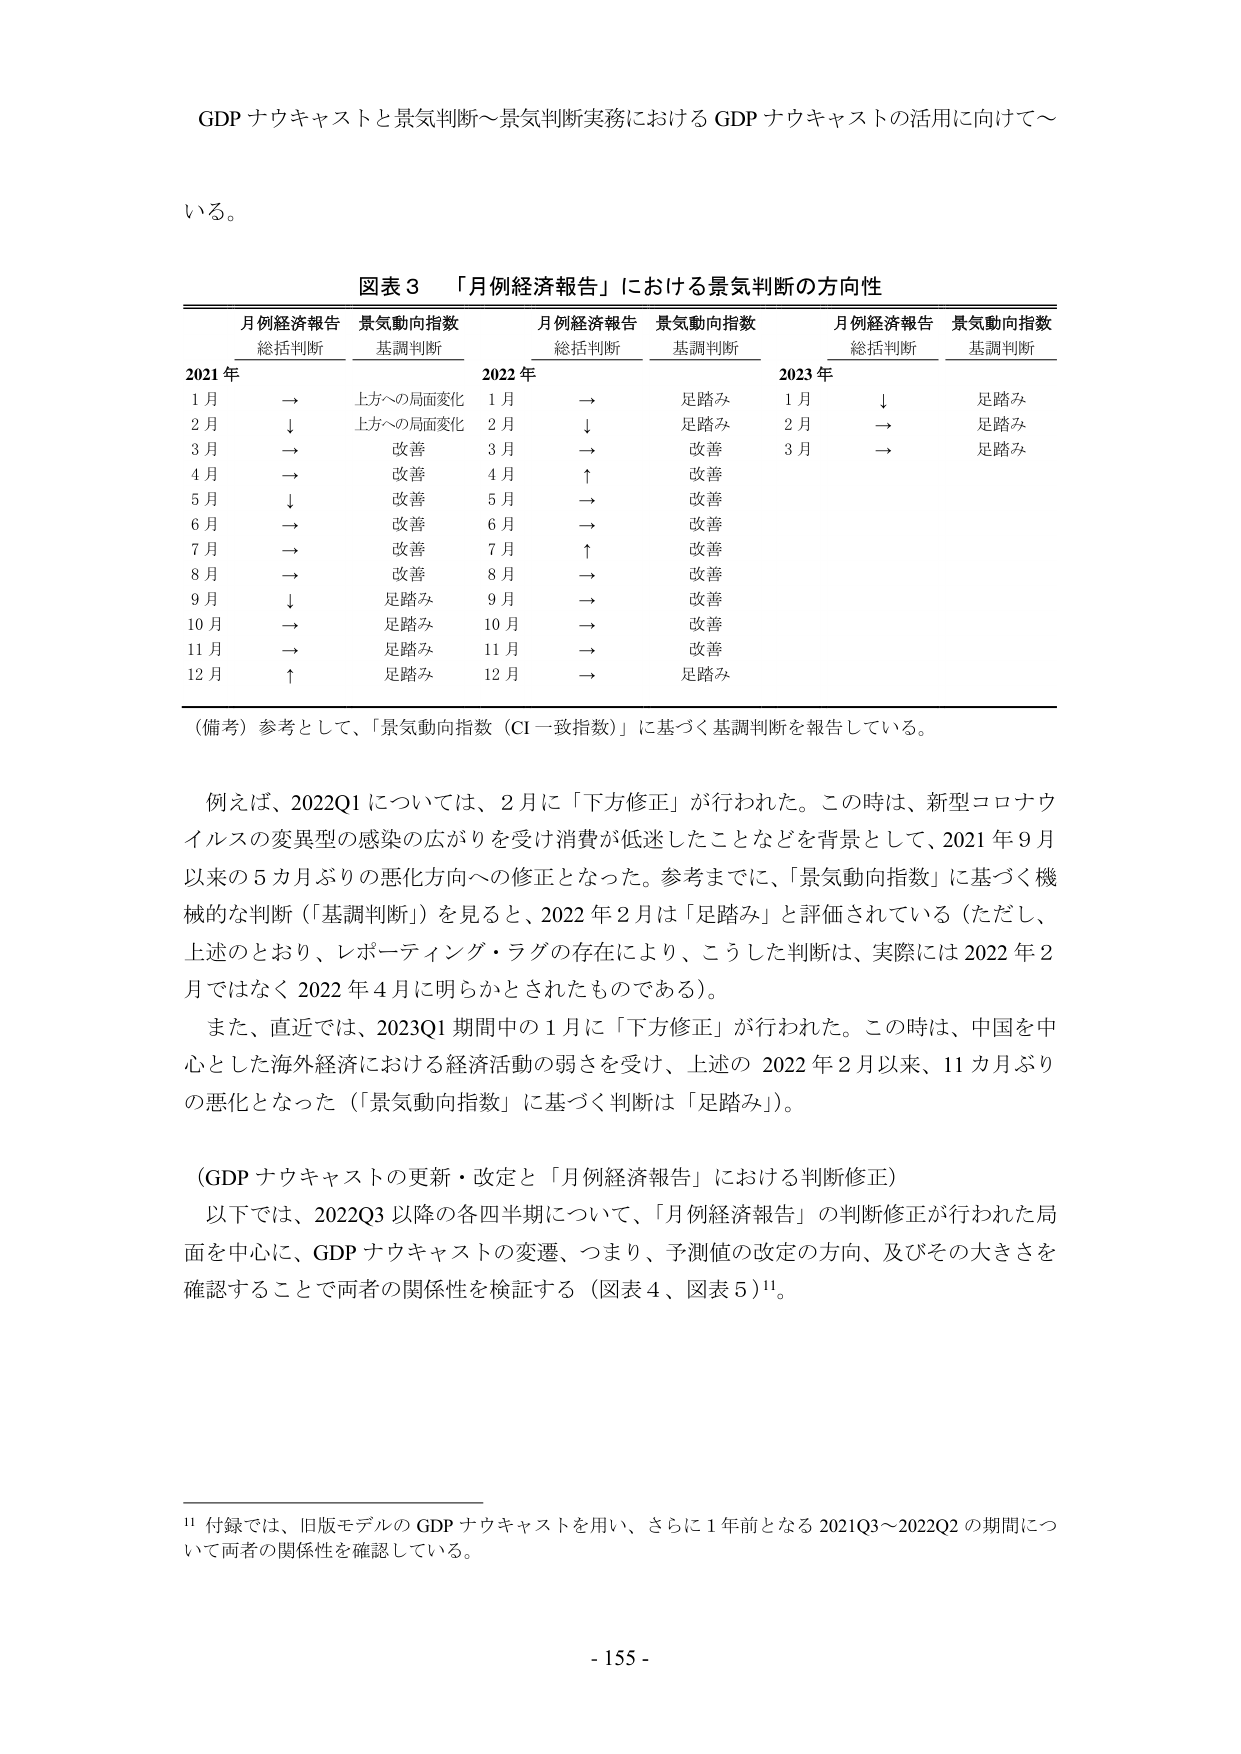
GDP ナウキャストと景気判断～景気判断実務における GDP ナウキャストの活用に向けて～

いる。

図表３ 「月例経済報告」における景気判断の方向性

月例経済報告 景気動向指数
総括判断 基調判断

2021 年
1 月 → 上方への局面変化
2 月 ↓ 上方への局面変化
3 月 → 改善
4 月 → 改善
5 月 ↓ 改善
6 月 → 改善
7 月 → 改善
8 月 → 改善
9 月 ↓ 足踏み
10 月 → 足踏み
11 月 → 足踏み
12 月 ↑ 足踏み

月例経済報告 景気動向指数
総括判断 基調判断

2022 年
1 月 → 足踏み
2 月 ↓ 足踏み
3 月 → 改善
4 月 ↑ 改善
5 月 → 改善
6 月 → 改善
7 月 ↑ 改善
8 月 → 改善
9 月 → 改善
10 月 → 改善
11 月 → 改善
12 月 → 足踏み

月例経済報告 景気動向指数
総括判断 基調判断

2023 年
1 月 ↓ 足踏み
2 月 → 足踏み
3 月 → 足踏み

（備考）参考として、「景気動向指数（CI一致指数）」に基づく基調判断を報告している。

例えば、2022Q1 については、2 月に「下方修正」が行われた。この時は、新型コロナウイルスの変異型の感染の広がりを受け消費が低迷したことなどを背景として、2021 年 9 月以来の 5 カ月ぶりの悪化方向への修正となった。参考までに、「景気動向指数」に基づく機械的な判断（「基調判断」）を見ると、2022 年 2 月は「足踏み」と評価されている（ただし、上述のとおり、レポーティング・ラグの存在により、こうした判断は、実際には 2022 年 2 月ではなく 2022 年 4 月に明らかとされたものである）。

また、直近では、2023Q1 期間中の 1 月に「下方修正」が行われた。この時は、中国を中心とした海外経済における経済活動の弱さを受け、上述の 2022 年 2 月以来、11 カ月ぶりの悪化となった（「景気動向指数」に基づく判断は「足踏み」）。

（GDP ナウキャストの更新・改定と「月例経済報告」における判断修正）
以下では、2022Q3 以降の各四半期について、「月例経済報告」の判断修正が行われた局面を中心に、GDP ナウキャストの変遷、つまり、予測値の改定の方向、及びその大きさを確認することで両者の関係性を検証する（図表 4、図表 5）¹¹。

¹¹ 付録では、旧版モデルの GDP ナウキャストを用い、さらに 1 年前となる 2021Q3～2022Q2 の期間について両者の関係性を確認している。

- 155 -